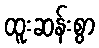
ထူးဆန်းစွာ